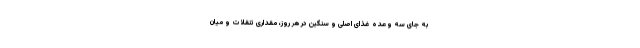
به جای سه وعده غذای اصلی و سنگین در هر روز، مقداری تنقلات و میان